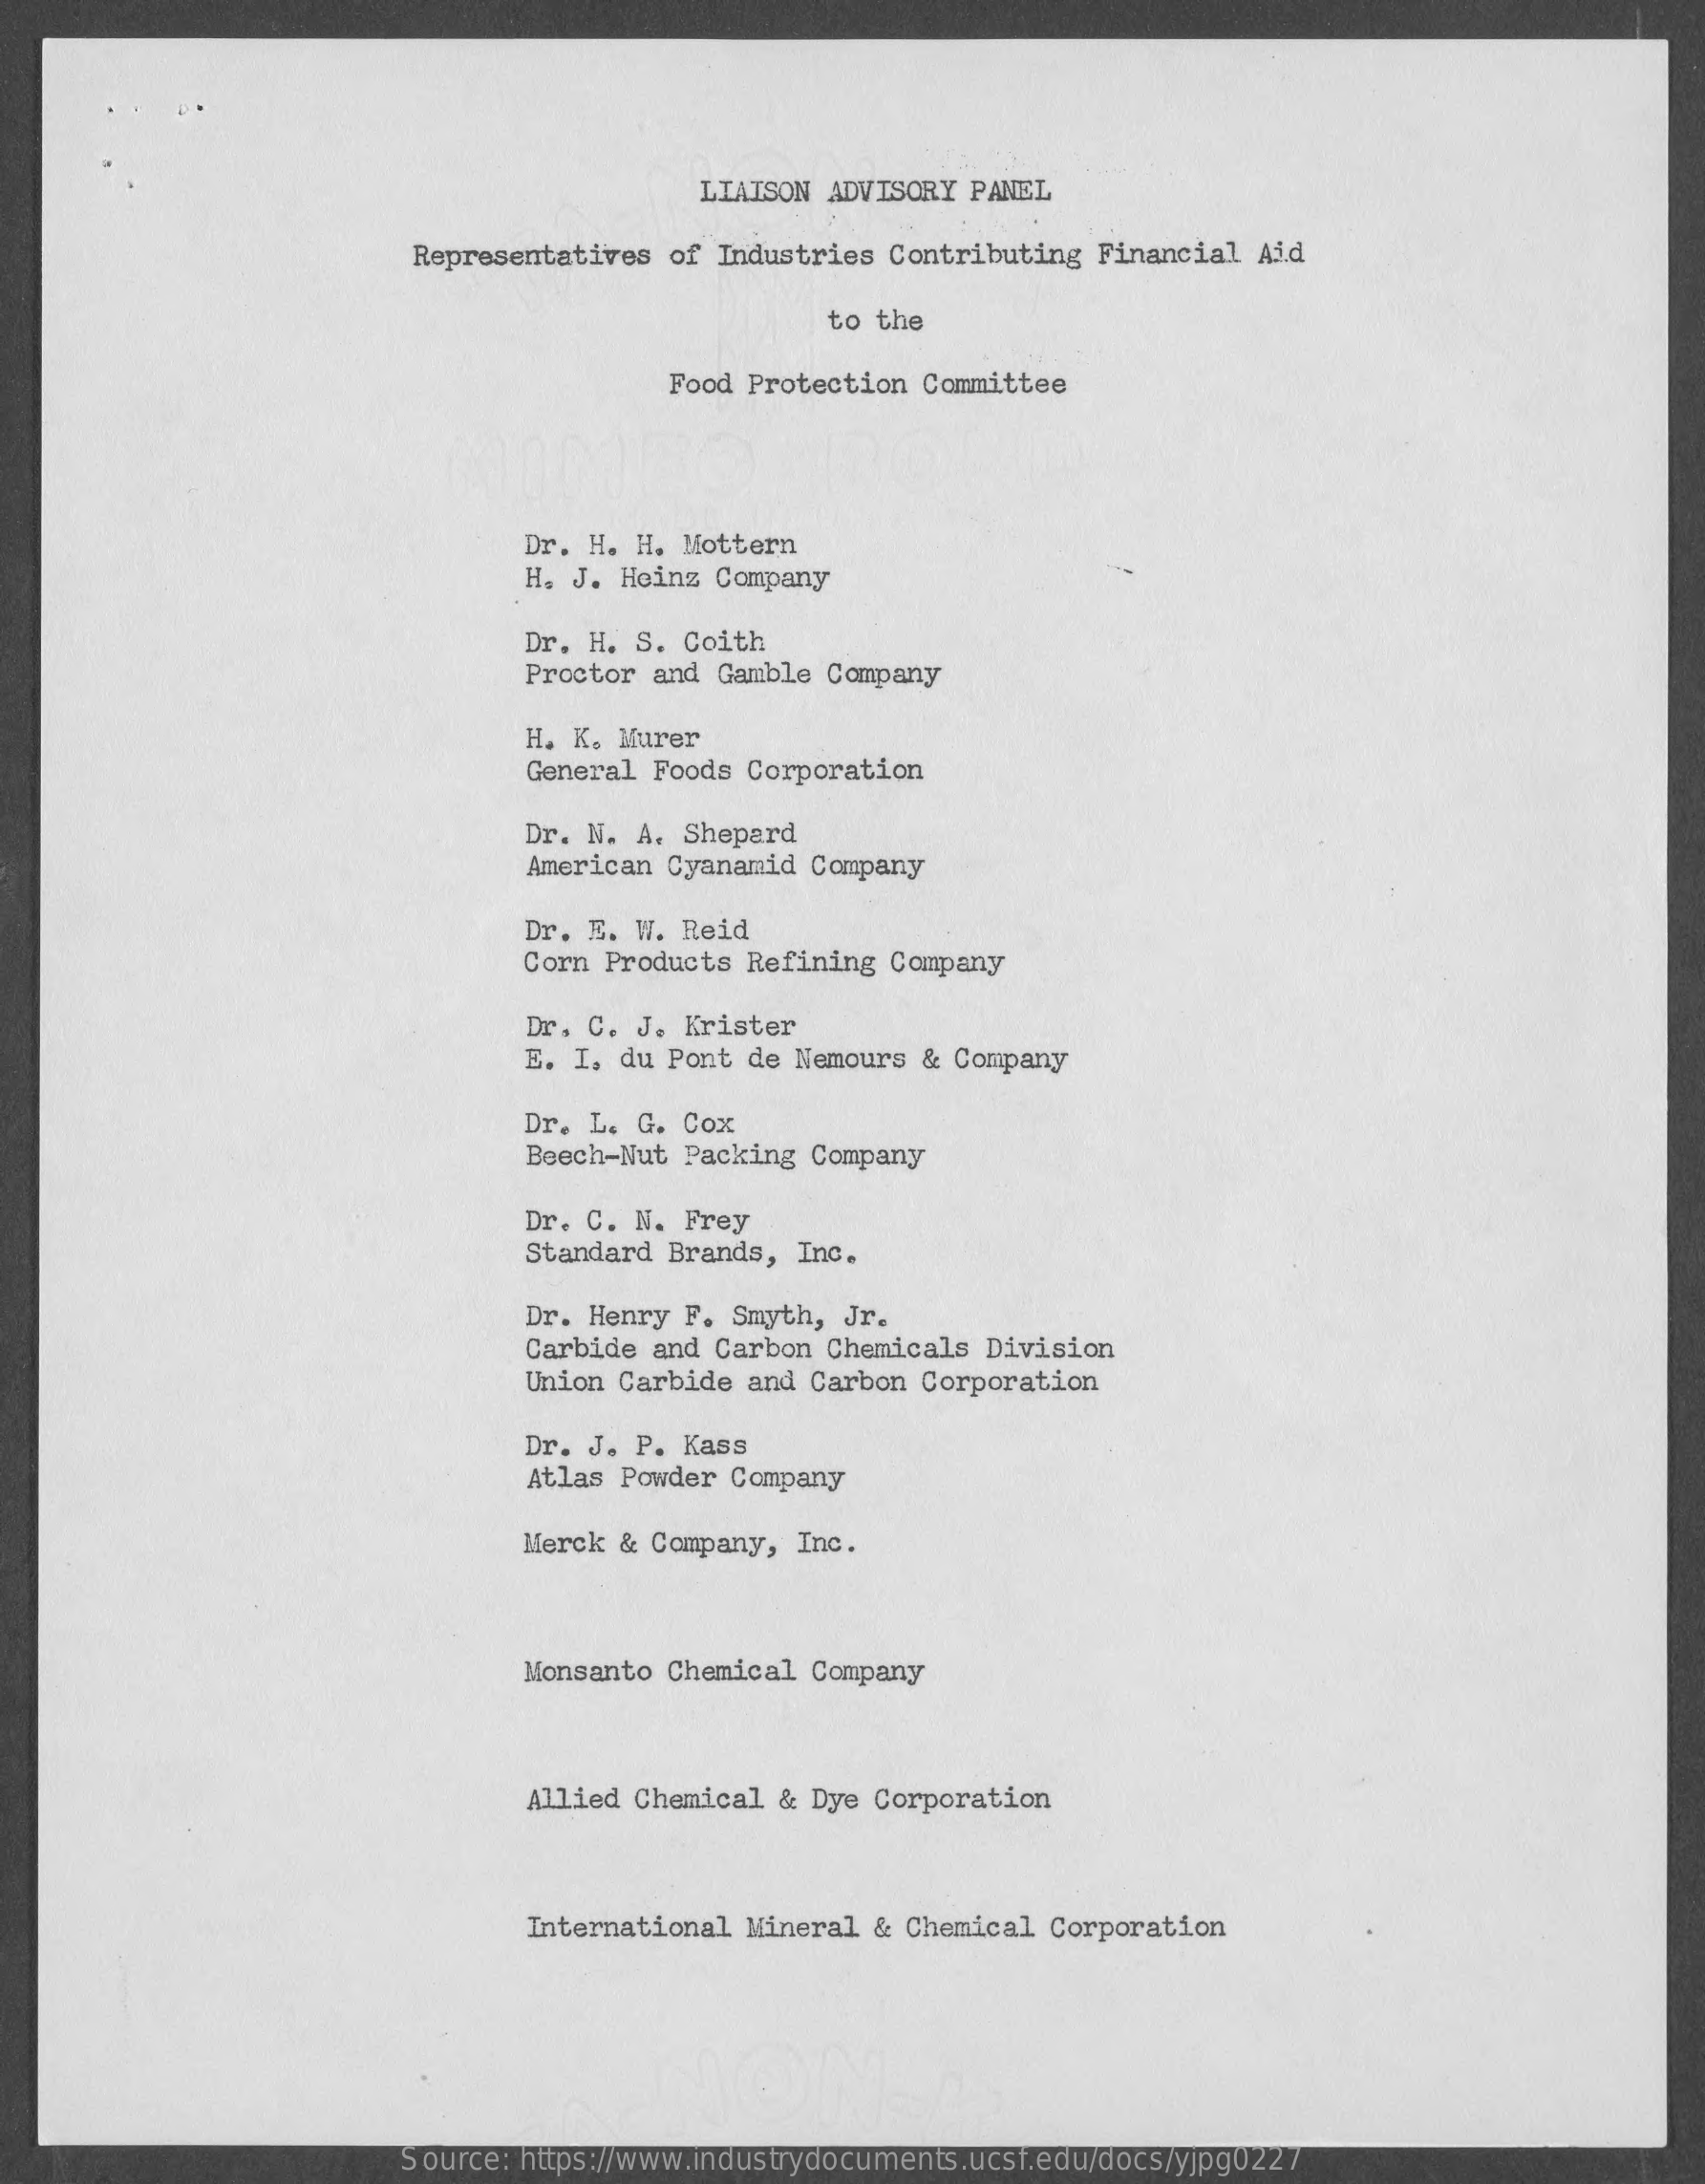
LIAISON ADVISORY  PANEL
     Representatives  of Industries Contributing  Financial  Aid
     to the
     Food Protection Committee
     Dr. H. H. Mottern
     H. J.  Heinz Company
     Dr. H. S. Coith
     Proctor and Gamble Company
     H. K. Murer
     General Foods Corporation
     Dr. N. A. Shepard
     American Cyanamid Company
     Dr. E. W. Reid
     Corn Products Refining Company
     Dr. C. J. Krister
     E. I. du Pont de Nemours & Company
     Dr. L. G. Cox
     Beech-Nut Packing Company
     Dr. C. N. Frey
     Standard Brands, Inc.
     Dr. Henry F. Smyth, Jr.
     Carbide and Carbon Chemicals  Division
     Union Carbide and Carbon Corporation
     Dr. J. P. Kass
     Atlas Powder Company
     Merck  & Company, Inc.
     Monsanto Chemical Company
     Allied Chemical & Dye Corporation
     International Mineral & Chemical  Corporation
     Source: https://www.industrydocuments.ucsf.edu/docs/yjpg0227